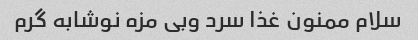
سلام ممنون غذا سرد وبی مزه نوشابه گرم